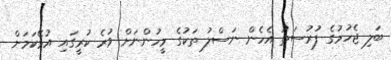
ބަލި ޖެހުމުގެ ފުރުސަތު އެހެން ނަސްލު ތަކުގެ މީހުންނަށް ވުރެ ކުރީގައި އުޅޭކަމަށް